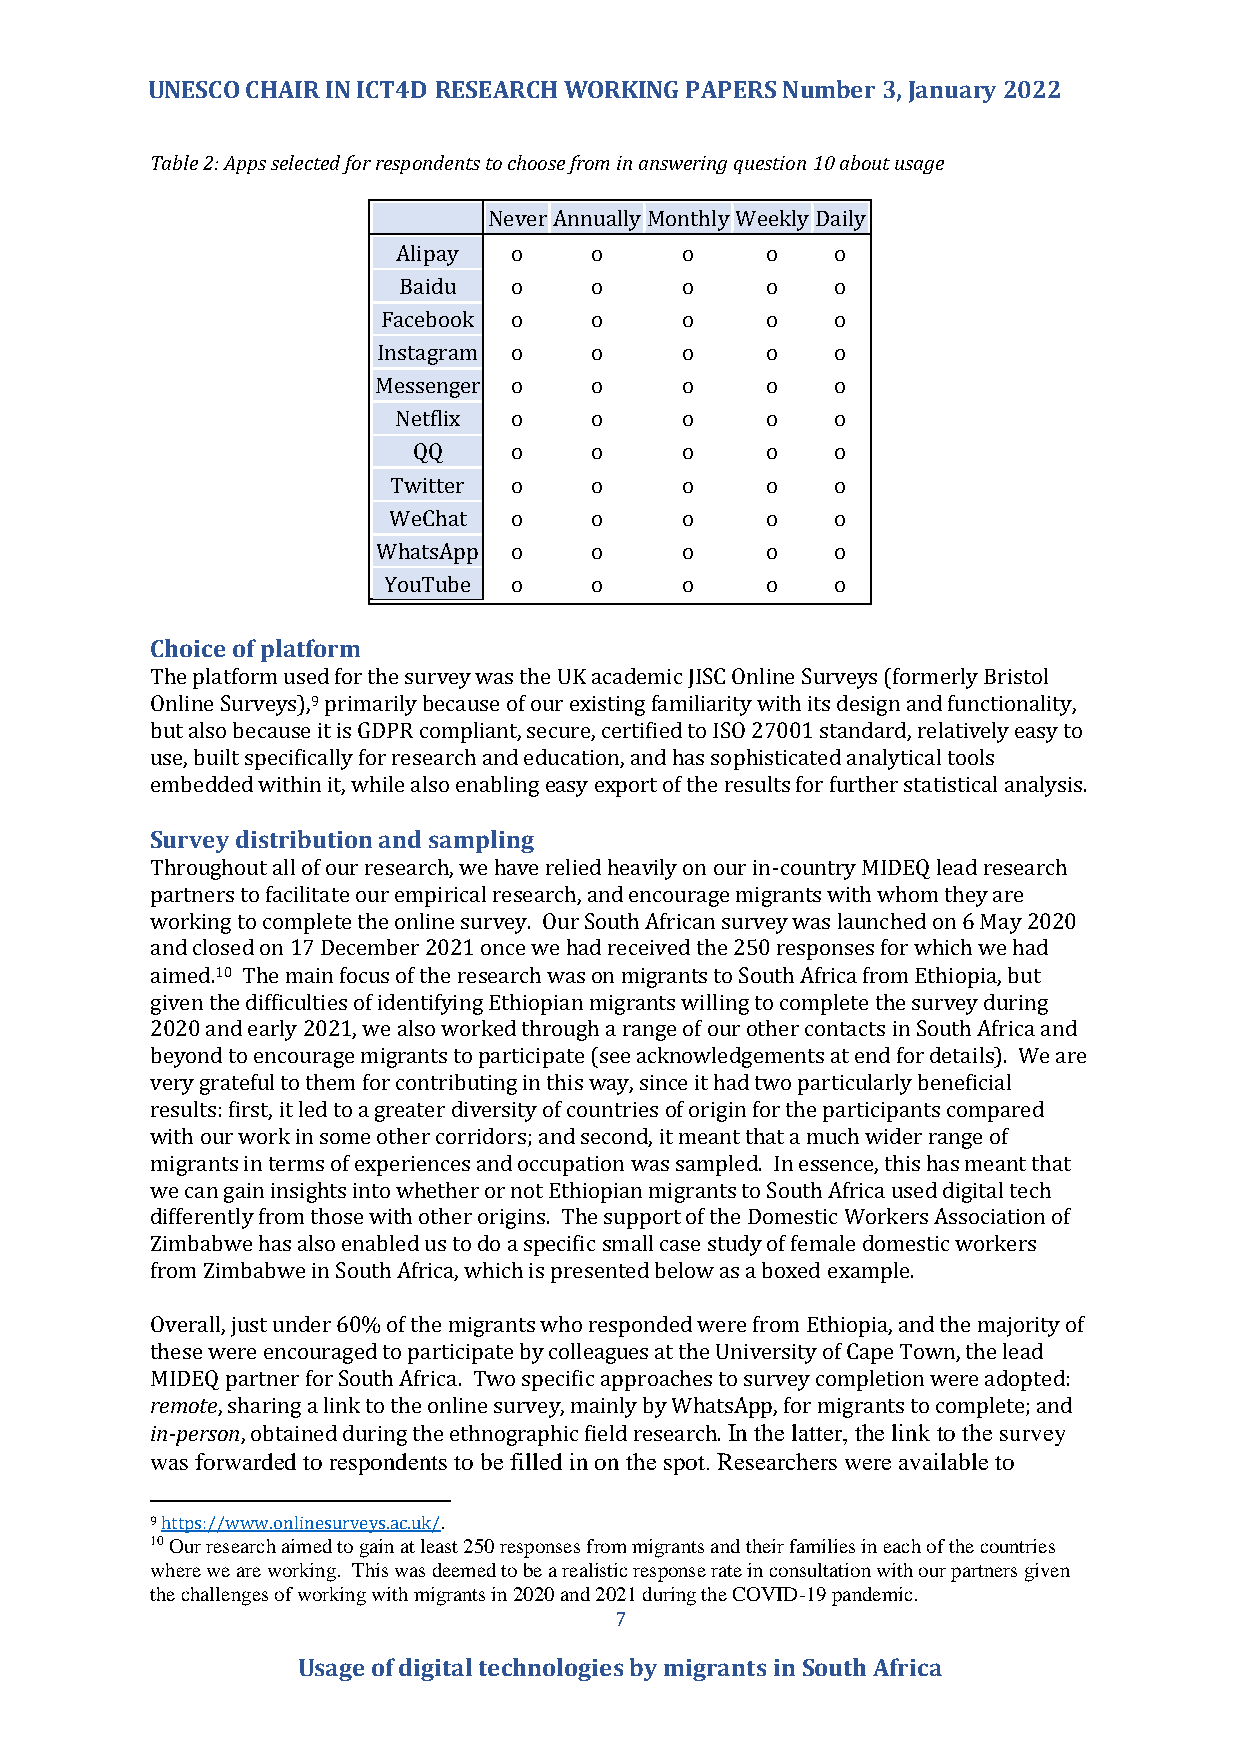
UNESCO CHAIR IN ICT4D RESEARCH WORKING PAPERS Number 3, January 2022
 Table 2: Apps selected for respondents to choose from in answering question 10 about usage
 Never Annually Monthly Weekly Daily
 Alipay  o    o     o     o   o
 Baidu   o    o     o     o   o
 Facebook o    o     o     o   o
 Instagram o   o     o     o   o
 Messenger o   o     o     o   o
 Netflix o    o     o     o   o
 QQ     o    o     o     o   o
 Twitter o    o     o     o   o
 WeChat  o    o     o     o   o
 WhatsApp o    o     o     o   o
 YouTube  o    o     o     o   o
 Choice of platform
 The platform used for the survey was the UK academic JISC Online Surveys (formerly Bristol
 Online Surveys),9 primarily because of our existing familiarity with its design and functionality,
 but also because it is GDPR compliant, secure, certified to ISO 27001 standard, relatively easy to
 use, built specifically for research and education, and has sophisticated analytical tools
 embedded within it, while also enabling easy export of the results for further statistical analysis.
 Survey distribution and sampling
 Throughout all of our research, we have relied heavily on our in-country MIDEQ lead research
 partners to facilitate our empirical research, and encourage migrants with whom they are
 working to complete the online survey. Our South African survey was launched on 6 May 2020
 and closed on 17 December 2021 once we had received the 250 responses for which we had
 aimed.10 The main focus of the research was on migrants to South Africa from Ethiopia, but
 given the difficulties of identifying Ethiopian migrants willing to complete the survey during
 2020 and early 2021, we also worked through a range of our other contacts in South Africa and
 beyond to encourage migrants to participate (see acknowledgements at end for details). We are
 very grateful to them for contributing in this way, since it had two particularly beneficial
 results: first, it led to a greater diversity of countries of origin for the participants compared
 with our work in some other corridors; and second, it meant that a much wider range of
 migrants in terms of experiences and occupation was sampled. In essence, this has meant that
 we can gain insights into whether or not Ethiopian migrants to South Africa used digital tech
 differently from those with other origins. The support of the Domestic Workers Association of
 Zimbabwe has also enabled us to do a specific small case study of female domestic workers
 from Zimbabwe in South Africa, which is presented below as a boxed example.
 Overall, just under 60% of the migrants who responded were from Ethiopia, and the majority of
 these were encouraged to participate by colleagues at the University of Cape Town, the lead
 MIDEQ partner for South Africa. Two specific approaches to survey completion were adopted:
 remote, sharing a link to the online survey, mainly by WhatsApp, for migrants to complete; and
 in-person, obtained during the ethnographic field research. In the latter, the link to the survey
 was forwarded to respondents to be filled in on the spot. Researchers were available to
 9 https://www.onlinesurveys.ac.uk/.
 10 Our research aimed to gain at least 250 responses from migrants and their families in each of the countries
 where we are working. This was deemed to be a realistic response rate in consultation with our partners given
 the challenges of working with migrants in 2020 and 2021 during the COVID-19 pandemic.
 7
 Usage of digital technologies by migrants in South Africa